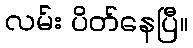
လမ်း ပိတ်နေပြီ။